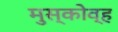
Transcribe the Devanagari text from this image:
मुस्कोव्ह